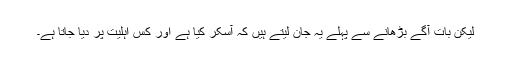
لیکن بات آگے بڑھانے سے پہلے یہ جان لیتے ہیں کہ آسکر کیا ہے اور کس اہلیت پر دیا جاتا ہے۔